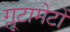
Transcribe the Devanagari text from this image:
ग्लूटामेटों